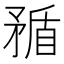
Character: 𥍿